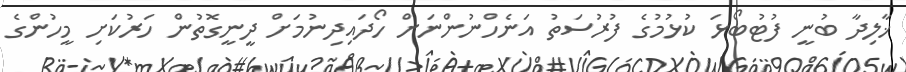
ޚާލިދާ ބުނީ ފުޓުބޯޅަ ކުޅުމުގެ ފުރުސަތު އަނެހްނުންނަށް ހޯދައިދިނުމަށް ދީނީގޮތުން ހަރުކަށި މީހުންގެ